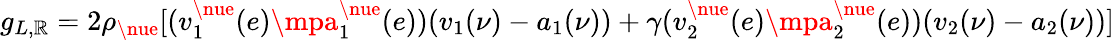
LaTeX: g_{L,\mathbb{R}}=2\rho_{\nue}[(v_{1}^{\nue}(e)\mpa_{1}^{\nue}(e))(v_{1}(\nu)-a_{1}(\nu))+\gamma(v_{2}^{\nue}(e)\mpa_{2}^{\nue}(e))(v_{2}(\nu)-a_{2}(\nu))]